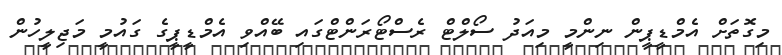
މިގޮތަށް އެމްޑީޕީން ނިންމީ މިއަދު ސޯލްޓް ރެސްޓޯރަންޓްގައި ބޭއްވި އެމްޑީޕީގެ ގައުމީ މަޖިލީހުން